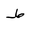
Letter: _da